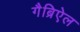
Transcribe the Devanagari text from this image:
गैब्रिऐल